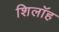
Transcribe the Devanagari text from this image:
शिलॉह